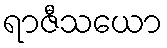
ရာဇီသယော